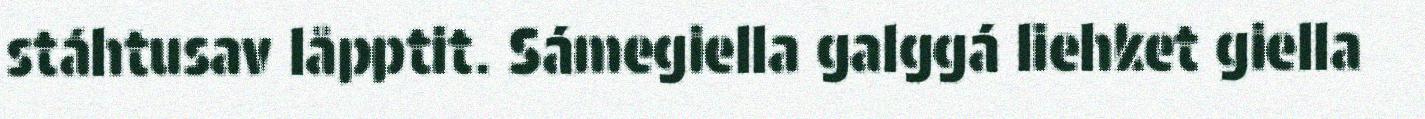
stáhtusav låpptit. Sámegiella galggá liehket giella